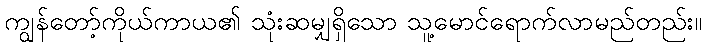
ကျွန်တော့်ကိုယ်ကာယ၏ သုံးဆမျှရှိသော သူ့မောင်ရောက်လာမည်တည်း။